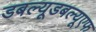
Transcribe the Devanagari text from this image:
डबल्यूडबल्यूएफ